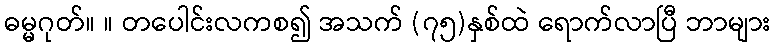
ဓမ္မဂုတ်။ ။ တပေါင်းလကစ၍ အသက် (၇၅)နှစ်ထဲ ရောက်လာပြီ ဘာများ